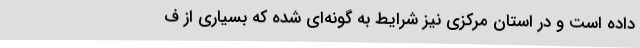
داده است و در استان مرکزی نیز شرایط به گونه‌ای شده که بسیاری از ف